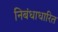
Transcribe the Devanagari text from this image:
निबंधाधारित